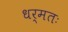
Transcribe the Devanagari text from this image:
धर्मतः